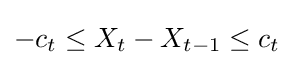
-c_{t}\leq X_{t}-X_{t-1}\leq c_{t}